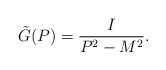
\begin{align*} \tilde G(P) = \frac{I}{P^2 - M^2}.\end{align*}